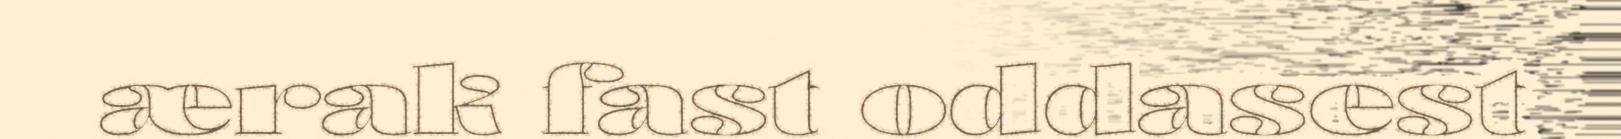
ærak fast oddasest